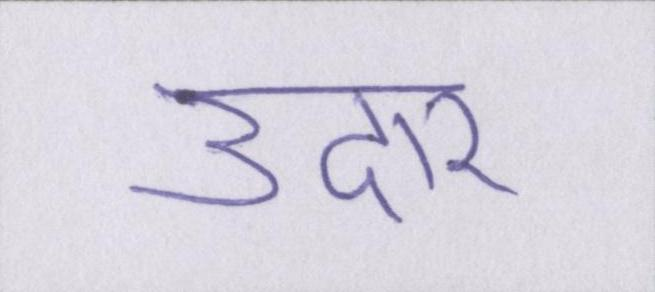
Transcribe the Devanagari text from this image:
उदार